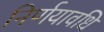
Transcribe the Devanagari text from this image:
निर्णयावधि